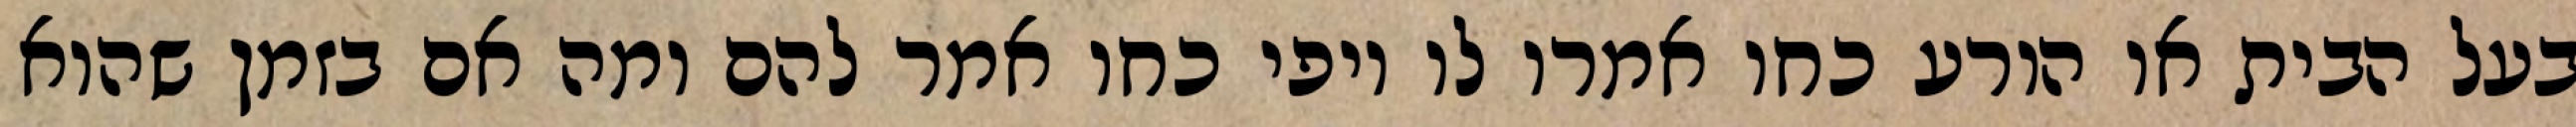
בעל הבית או הורע כחו אמרו לו יופי כחו אמר להם ומה אם בזמן שהוא